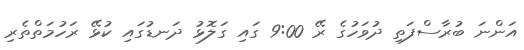
އަންނަ ބުރާސްފަތި ދުވަހުގެ ރޭ 9:00 ގައި ގަލޮޅު ދަނޑުގައި ކުޅޭ ރަހުމަތްތެރި